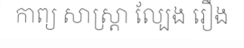
កាព្យ សាស្ត្រា ល្បែង រឿង